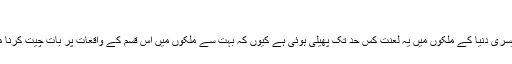
‘‘
یہ کہنا مشکل ہے کہ تیسری دنیا کے ملکوں میں یہ لعنت کس حد تک پھیلی ہوئی ہے کیوں کہ بہت سے ملکوں میں اس قسم کے واقعات پر بات چیت کرنا معیوب سمجھا جاتا ہے۔